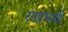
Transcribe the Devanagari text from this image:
रंगप्रभावी